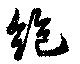
絶